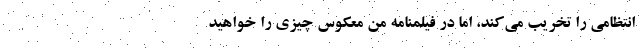
انتظامی را تخریب می‌کند، اما در فیلمنامه‌ من معکوس چیزی را خواهید